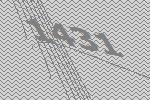
1431